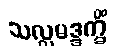
သလ္လမဒ္ဒက္ခိံ